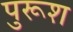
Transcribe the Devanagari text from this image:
पुरूश